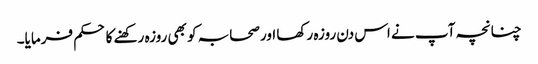
چنانچہ آپ نے اس دن روزہ رکھا اور صحابہ کو بھی روزہ رکھنے کا حکم فرمایا۔